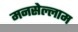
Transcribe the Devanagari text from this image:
मनसेल्लाम